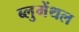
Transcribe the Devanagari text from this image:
ब्लुमेंथल